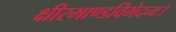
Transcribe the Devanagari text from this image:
क्षीरभाण्डविभेदनः।